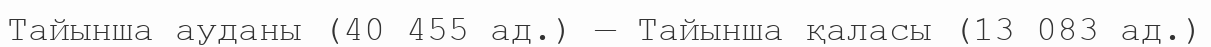
Тайынша ауданы (40 455 ад.) — Тайынша қаласы (13 083 ад.)